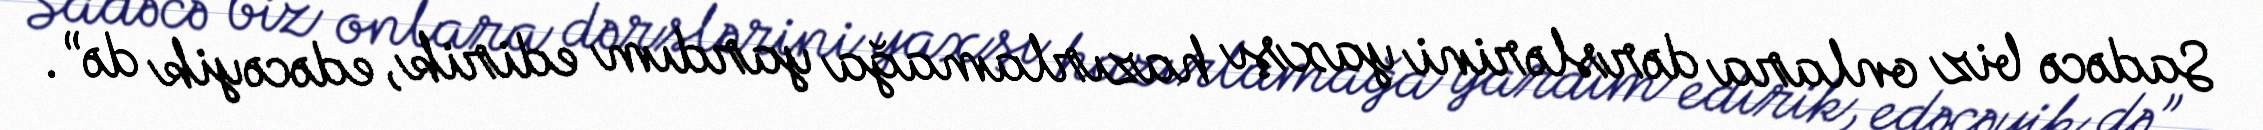
Sadəcə biz onlara dərslərini yaxşı hazırlamağa yardım edirik, edəcəyik də”.